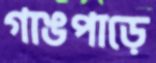
গাঙপাড়ে